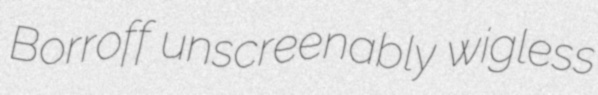
Borroff unscreenably wigless